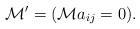
LaTeX: \begin{align*}\mathcal M' = (\mathcal M a_{ij}=0).\end{align*}